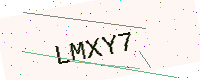
Text: LMXY7